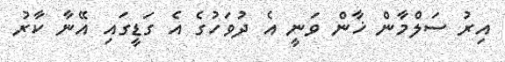
އިރު ސަލްމާން ޚާން ވަނީ އެ ދުވަހުގެ އެ ގަޑީގައި އޭނާ ކާރު